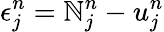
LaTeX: \epsilon_{j}^{n}=\mathbb{N}_{j}^{n}-u_{j}^{n}